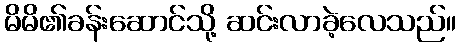
မိမိ၏ခန်းဆောင်သို့ ဆင်းလာခဲ့လေသည်။